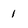
Character: 1